Sketch of the medical history of the native army of Bombay, for the year
Year: 1876
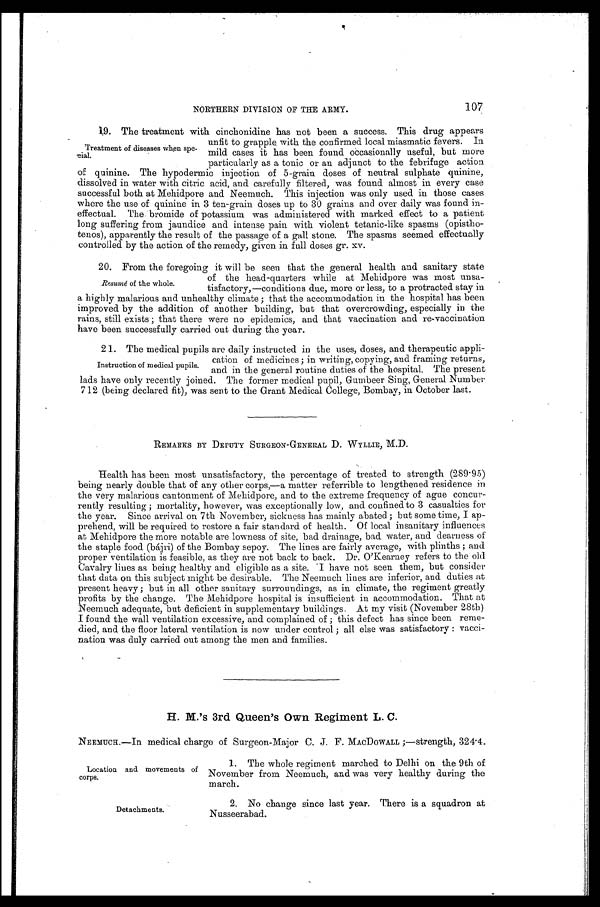
Location and movements of
corps.
Detachments.
107
NORTHERN DIVISION OF THE ARMY.
19. The treatment with cinchonidine has not been a success. This drug appears
unfit to grapple with the confirmed local miasmatic fevers. In
mild cases it has been found occasionally useful, but more
particularly as a tonic or an adjunct to the febrifuge action
of quinine. The hypodermic injection of 5-grain doses of neutral sulphate quinine,
dissolved in water with citric acid, and carefully filtered, was found almost in every case
successful both at Mehidpore and Neemuch. This injection was only used in those cases
where the use of quinine in 3 ten-grain doses up to 30 grains and over daily was found in
-effectual. The bromide of potassium was administered with marked effect to a patient
long suffering from jaundice and intense pain with violent tetanic-like spasms (opistho
-tenos), apparently the result of the passage of a gall stone. The spasms seemed effectually
controlled by the action of the remedy, given in full doses gr. xv.
20. From the foregoing it will be seen that the general health and sanitary state
of the head-quarters while at Mehidpore was most unsa
-tisfactory,—conditions due, more or less, to a protracted stay in
a highly malarious and unhealthy climate; that the accommodation in the hospital has been
improved by the addition of another building, but that overcrowding, especially in the
rains, still exists; that there were no epidemics, and that vaccination and re-vaccination
have been successfully carried out during the year.
21. The medical pupils are daily instructed in the uses, doses, and therapeutic appli
-cation of medicines; in writing, copying, and framing returns,
and in the general routine duties of the hospital. The present
lads have only recently joined. The former medical pupil, Gumbeer Sing, General Number
712 (being declared fit), was sent to the Grant Medical College, Bombay, in October last.
REMARKS BY DEPUTY SURGEON-GENERAL D. WYLLIE, M.D.
Health has been most unsatisfactory, the percentage of treated to strength (289.95)
being nearly double that of any other corps,—a matter referrible to lengthened residence in
the very malarious cantonment of Mehidpore, and to the extreme frequency of ague concur
-rently resulting; mortality, however, was exceptionally low, and confined to 3 casualties for
the year. Since arrival on 7th November, sickness has mainly abated; but some time, I ap
-prehend, will be required to restore a fair standard of health. Of local insanitary influences
at Mehidpore the more notable are lowness of site, bad drainage, bad water, and dearness of
the staple food (bájri) of the Bombay sepoy. The lines are fairly average, with plinths; and
proper ventilation is feasible, as they are not back to back. Dr. O'Kearney refers to the old
Cavalry lines as being healthy and eligible as a site. I have not seen them, but consider
that data on this subject might be desirable. The Neemuch lines are inferior, and duties at
present heavy; but in all other sanitary surroundings, as in climate, the regiment greatly
profits by the change. The Mehidpore hospital is insufficient in accommodation. That at
Neemuch adequate, but deficient in supplementary buildings. At my visit (November 28th)
I found the wall ventilation excessive, and complained of; this defect has since been reme-
died, and the floor lateral ventilation is now under control; all else was satisfactory: vacci
-nation was duly carried out among the men and families.
H. M.'s 3rd Queen's Own Regiment L. C.
NEEMUCH.—In medical charge of Surgeon-Major C. J. F. MACDOWALL;—strength, 324.4.
Treatment of diseases when spe-cial.
Resumé of the whole.
Instruction of medical pupils.
1. The whole regiment marched to Delhi on the 9th of
November from Neemuch, and was very healthy during the
march.
2. No change since last year. There is a squadron at
Nusseerabad.